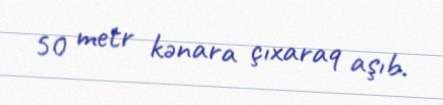
50 metr kənara çıxaraq aşıb.